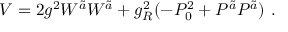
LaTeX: V = 2 g ^ { 2 } W ^ { \tilde { a } } W ^ { \tilde { a } } + g _ { R } ^ { 2 } ( - P _ { 0 } ^ { 2 } + P ^ { \tilde { a } } P ^ { \tilde { a } } ) \ .